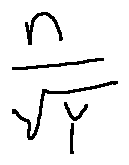
\frac { n } { \sqrt { Y } }